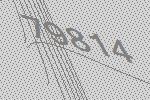
79814